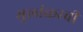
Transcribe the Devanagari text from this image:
मुलांकरवी